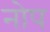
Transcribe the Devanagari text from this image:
नोप